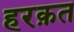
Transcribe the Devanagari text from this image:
हरक़त